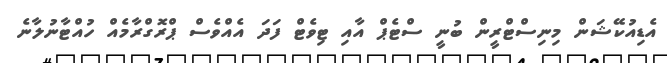
އެޑިއުކޭޝަން މިނިސްޓްރީން ބުނީ ސްޓެޕް އާއި ޓިވެޓް ފަދަ އެއްވެސް ޕްރޮގްރާމެއް ހުއްޓާނުލާނެ